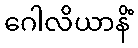
ဂေါလိယာနိံ